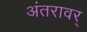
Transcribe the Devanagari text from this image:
अंतरावर्